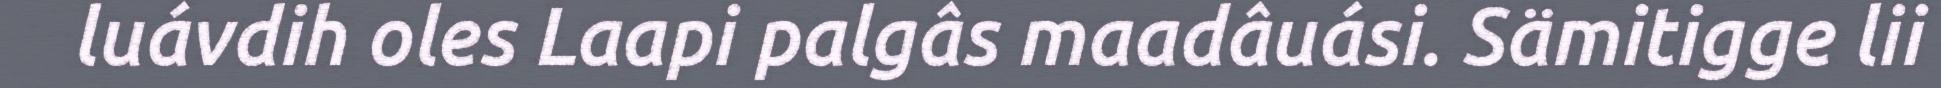
luávdih oles Laapi palgâs maadâuási. Sämitigge lii